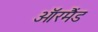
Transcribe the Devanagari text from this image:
ऑरमैंड